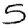
Digit: 5